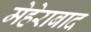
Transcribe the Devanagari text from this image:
मेहेराबाद